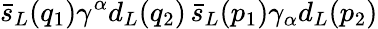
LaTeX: \bar{s}_{L}(q_{1})\gamma^{\alpha}d_{L}(q_{2})\, \bar{s}_{L}(p_{1})\gamma_{\alpha}d_{L}(p_{2})